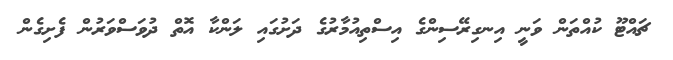
ޗައްޓޫ ކުއްތަން ވަނީ އިނގިރޭސިންގެ އިސްތިއުމާރުގެ ދަށުގައި ލަންކާ އޮތް ދުވަސްވަރުން ފެށިގެން